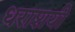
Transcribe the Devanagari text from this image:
धराशयी